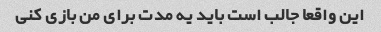
این واقعا جالب است باید یه مدت برای من بازی کنی